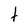
Character: t